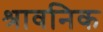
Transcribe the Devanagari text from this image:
श्रावनिक